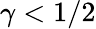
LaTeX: \gamma<1/2